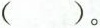
（）。